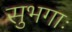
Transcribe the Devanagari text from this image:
सुभगाः